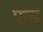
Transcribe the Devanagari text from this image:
एन्‍ड